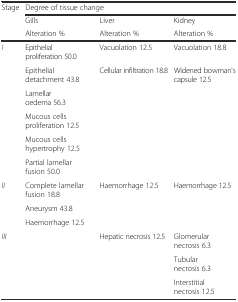
| <ROWSPAN=3> Stage | <COLSPAN=3> Degree of tissue change |
 | Gills | Liver | Kidney |
 | Alteration % | Alteration % | Alteration % |
 | --- | --- | --- | --- |
 | <ROWSPAN=6> I | Epithelial proliferation 50.0 | Vacuolation 12.5 | Vacuolation 18.8 |
 | Epithelial detachment 43.8 | Cellular infiltration 18.8 | Widened bowman's capsule 12.5 |
 | Lamellar oedema 56.3 |  |  |
 | Mucous cells proliferation 12.5 |  |  |
 | Mucous cells hypertrophy 12.5 |  |  |
 | Partial lamellar fusion 50.0 |  |  |
 | <ROWSPAN=3> II | Complete lamellar fusion 18.8 | Haemorrhage 12.5 | Haemorrhage 12.5 |
 | Aneurysm 43.8 |  |  |
 | Haemorrhage 12.5 |  |  |
 | <ROWSPAN=3> III | <ROWSPAN=3>  | <ROWSPAN=3> Hepatic necrosis 12.5 | Glomerular necrosis 6.3 |
 | Tubular necrosis 6.3 |
 | Interstitial necrosis 12.5 |